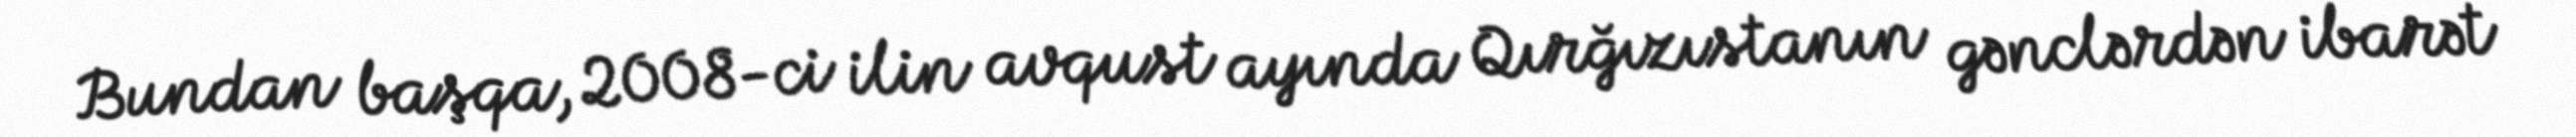
Bundan başqa, 2008-ci ilin avqust ayında Qırğızıstanın gənclərdən ibarət